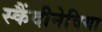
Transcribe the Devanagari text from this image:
स्कैंदीनेविया